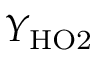
Y _ { \mathrm { H O 2 } }